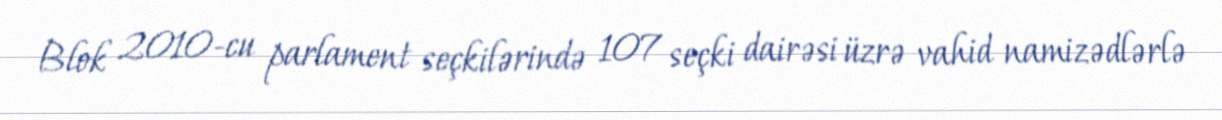
Blok 2010-cu parlament seçkilərində 107 seçki dairəsi üzrə vahid namizədlərlə